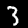
Label: 3